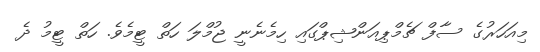
މިއަހަރުގެ ސާފް ޗެމްޕިއަންޝިޕްގައި ހިމެނެނީ ޖުމްލަ ހަތް ޓީމެވެ. ހަތް ޓީމު ދެ